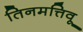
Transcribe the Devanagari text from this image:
तिनमत्तिवू